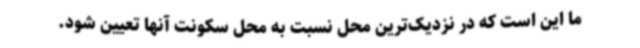
ما این است که در نزدیک‌ترین محل نسبت به محل سکونت آنها تعیین شود.